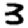
Digit: 3